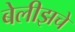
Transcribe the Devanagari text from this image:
बेलीझचे